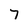
Character: 7